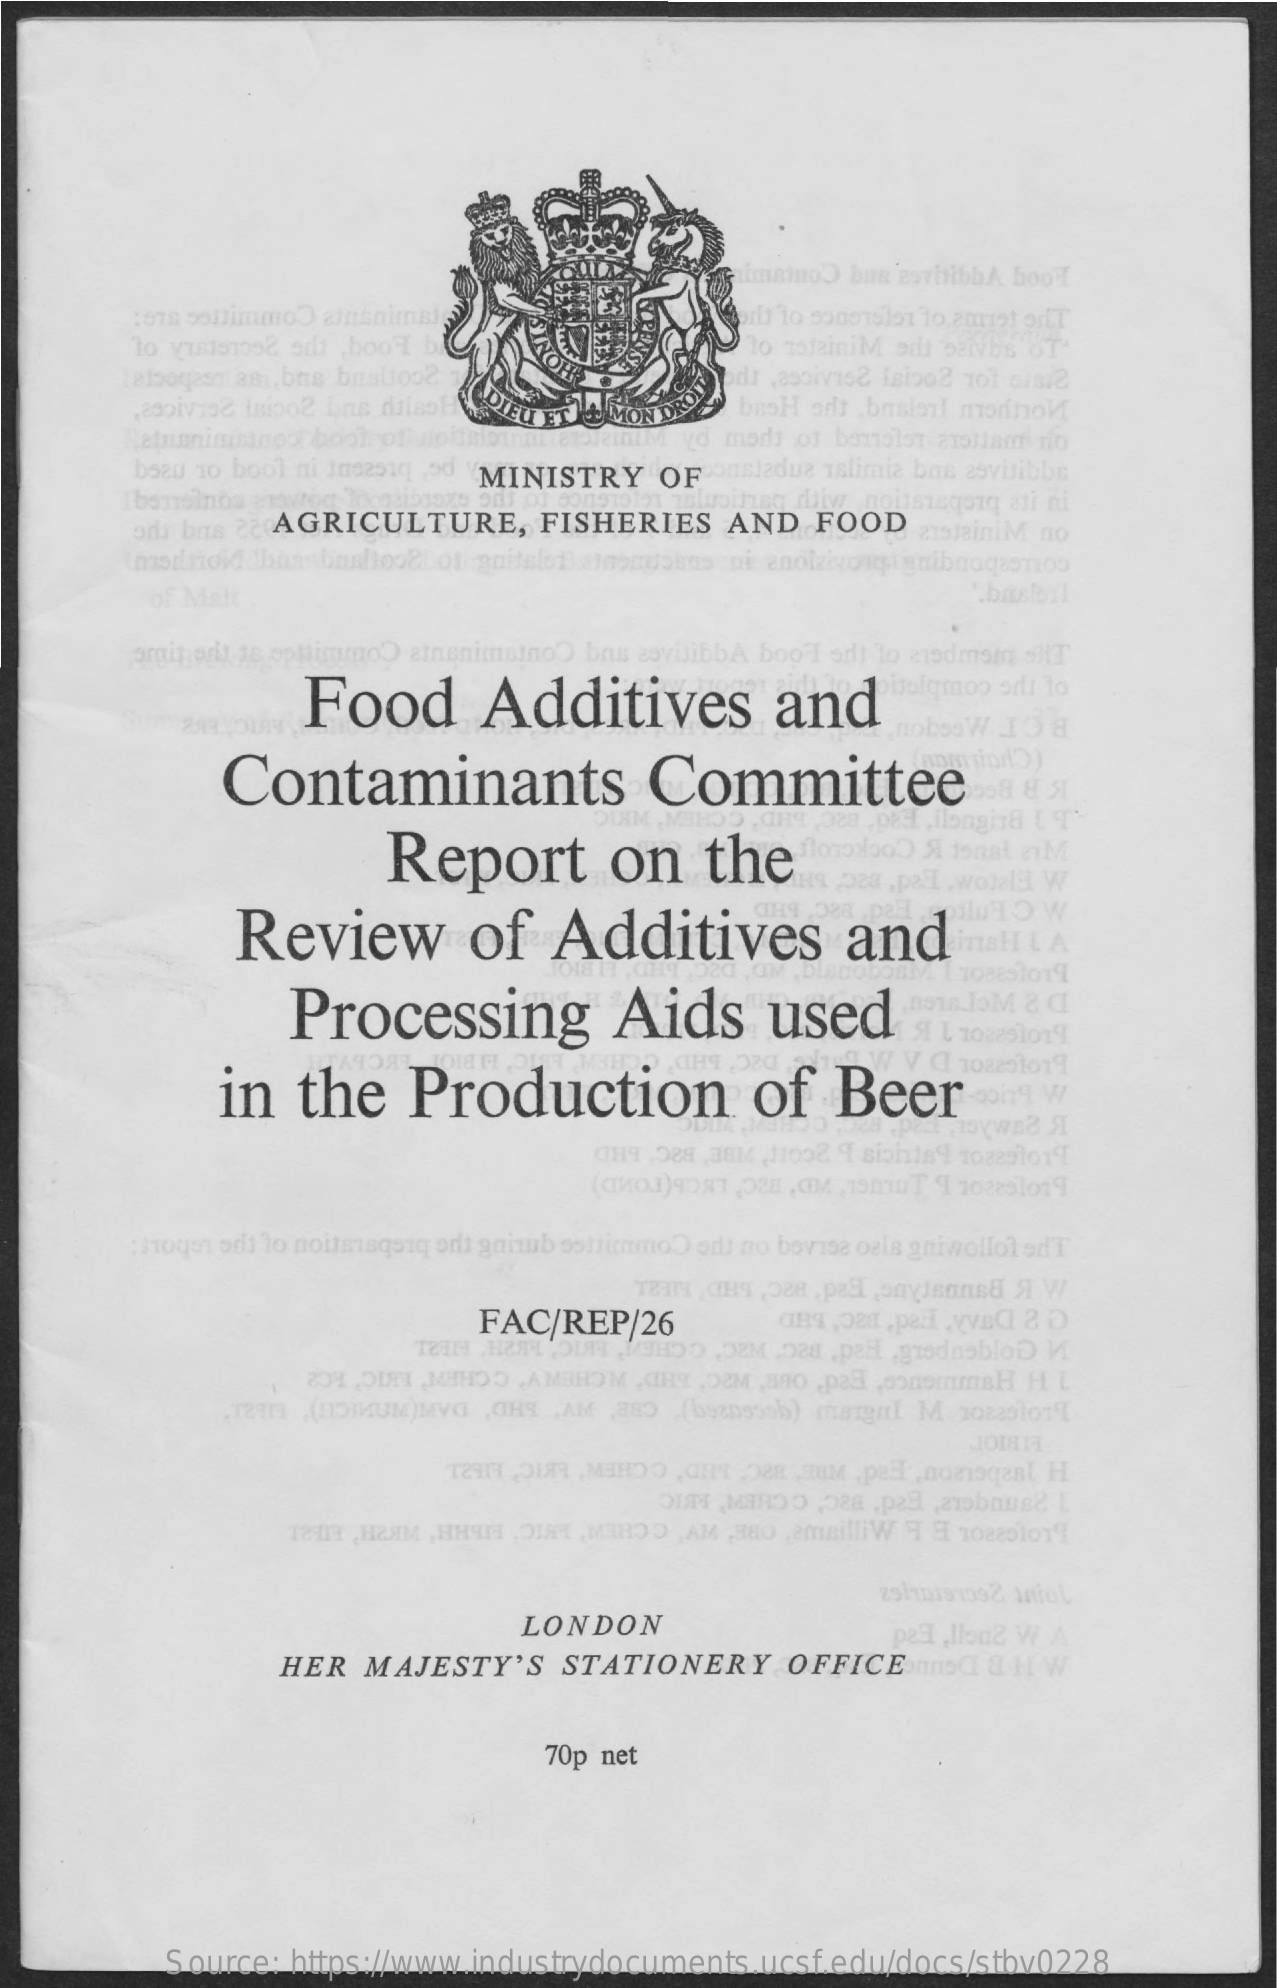
:678 500immoO alminimal
     "to mojainiM adt Daivbs OT
     ,23piv15& inioo2 bus dilaof    basH oft baslait montiok
     Reinaning inoor book of loith    d modi of bartolot 219liam rio
     beau 10 bool ni 1062514 MINISTRY   OF  onsledue islimia bas asvilibbe
     Ibenolnoa
     ori bus   AGRICULTURE,    FISHERIES    AND   FOOD    JainiM no
     mitsagorq ati ni
     of Malt    .bisbil
     orgin oris 38 ophiimmoO atnenimalnoO bas asvilibbA bool oft lo a15dmsin SHT
     Food    Additives    and    isolqmoo odi lo
     nobssW 15  8
     Contaminants    Committee
     Report    on    the
     Review    of    Additives    and    iTRHLA
     Processing    Aids    used    "JoM    & C
     108851014
     A L 102251014
     in   the    Production    of    Beer    W
     CI 102251019
     CH9 .088 38M 11032 9 siohla4 108291014
     :Joqer od lo noitesquiq odi gaimb softimmo) odli no bovisa oals gniwolloledT
     FAC/REP/26
     9HOD DEM ,028 . paHl .grodnobloD) V
     T2711 .(HOMMUM)MVG ,CHY ,AM ,880 (bezps3sb) margul M 10220101T
     1811 , HEMM , HHIM DIR . MAROD ,AM ,HHO ,2mBilliW 9 8 108801019
     29110191392 Infol
     LONDON
     HER  MAJESTY'S    STATIONERY    OFFICE/5    & H W
     70p net
     Source:  https://www.industrydocuments.ucsf.edu/docs/stbv0228